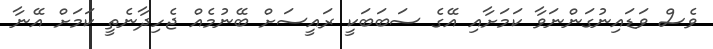
ވެސް ވަޑައިނުގަންނަވާ ކަމަށާއި އޭގެ ސަބަބަކީ ރައީސަށް ބޭނުމެއް ޖެހިދާނެތީ ކަމަށް އޭނާ